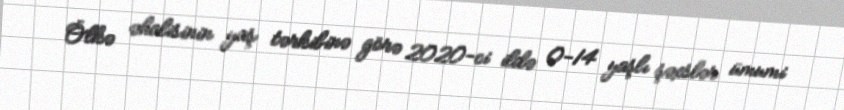
Ölkə əhalisinin yaş tərkibinə görə 2020-ci ildə 0-14 yaşlı şəxslər ümumi